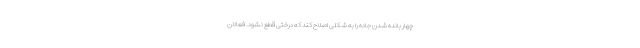
چهار بانده شدن جاده را به شکلی اصلاح کند که درختی قطع نشود. فعالان